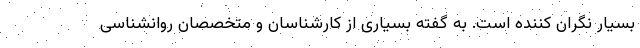
بسیار نگران کننده است. به گفته بسیاری از کارشناسان و متخصصان روانشناسی